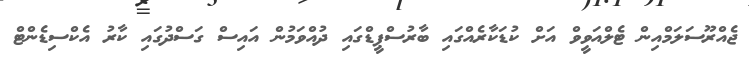
ޖެއްރޫސަލަމްއިން ޓެލްއަވީވް އަށް ކުޑަކާރެއްގައި ބާރުސްޕީޑްގައި ދުއްވަމުން އައިސް ގަސްދުގައި ކާރު އެކްސިޑެންޓް